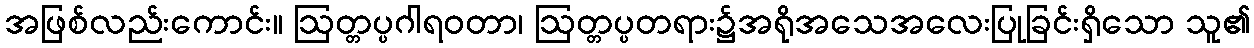
အဖြစ်လည်းကောင်း။ ဩတ္တပ္ပဂါရဝတာ၊ ဩတ္တပ္ပတရား၌အရိုအသေအလေးပြုခြင်းရှိသော သူ၏